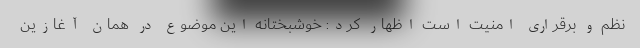
نظم و برقراری امنیت است اظهار کرد: خوشبختانه این موضوع در همان آغازین